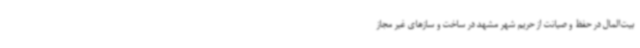
بیت‌المال در حفظ و صیانت از حریم شهر مشهد در ساخت و سازهای غیر مجاز